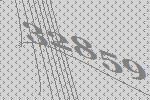
32859